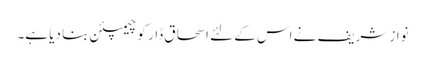
نواز شریف نے اس کے لئے اسحاق ڈار کو چیمپئن بنا دیا ہے۔